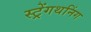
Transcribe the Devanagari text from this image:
स्ट्रेंगथनिंग